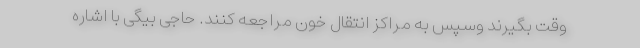
وقت بگیرند وسپس به مراکز انتقال خون مراجعه کنند. حاجی بیگی با اشاره